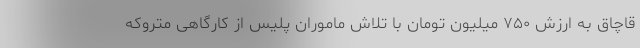
قاچاق به ارزش ۷۵۰ میلیون تومان با تلاش ماموران پلیس از کارگاهی متروکه